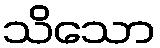
သိသော